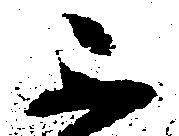
不